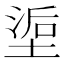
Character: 𰊇